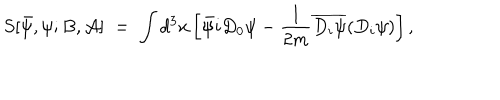
S [ { \bar { \psi } } , \psi ; B , { \mathcal A } ] \; = \; \int d ^ { 3 } x \left[ { \bar { \psi } } i D _ { 0 } \psi - \frac { 1 } { 2 m } \overline { { { D _ { i } \psi } } } ( D _ { i } \psi ) \right] ,